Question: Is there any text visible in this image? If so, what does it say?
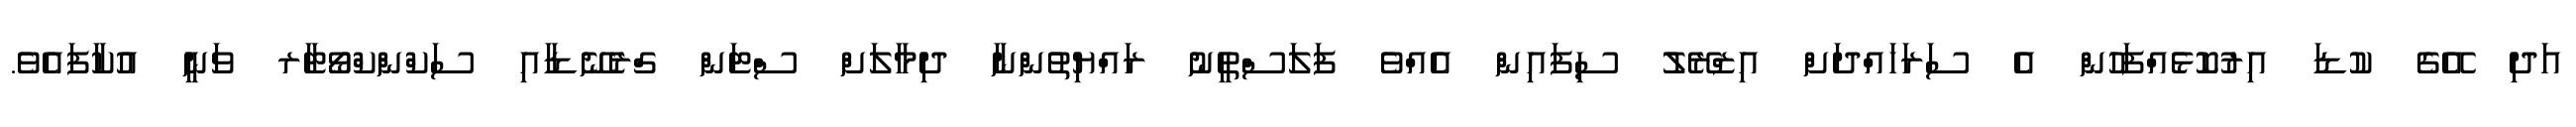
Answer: އަދި އޭގެ ކުޑަ އިރުކޮޅެއްފަހުން އެ ސަރަހައްދަށް އިޒްރޭލު ސިފައިން އެއްވެ ފަލަސްތީނު ރައްޔިތުންނާ ދިމާލަށް ސްޓަން ގްރެނޭޑާއި ސަކްންކްވޯޓާރ ވަނީ އުކާފައެވެ.